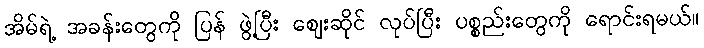
အိမ်ရဲ့ အခန်းတွေကို ပြန် ဖွဲ့ပြီး ဈေးဆိုင် လုပ်ပြီး ပစ္စည်းတွေကို ရောင်းရမယ်။